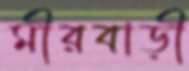
মীরবাড়ী